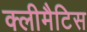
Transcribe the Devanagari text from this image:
क्लीमैटिस